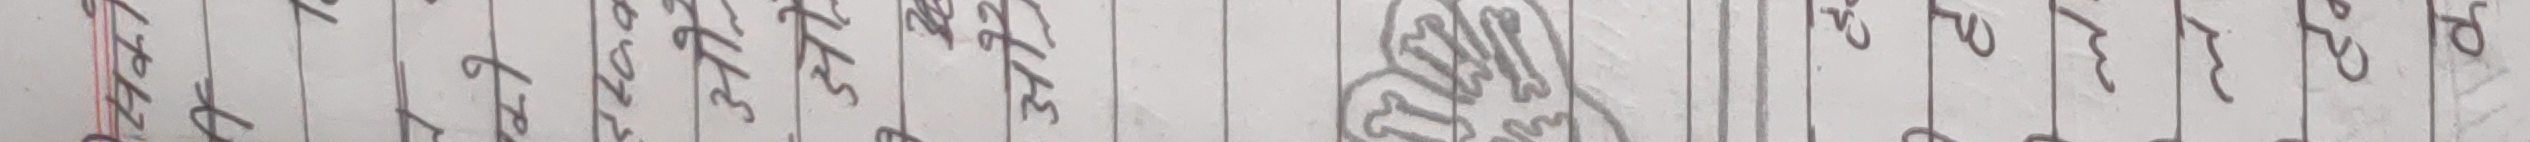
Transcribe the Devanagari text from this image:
०७५४३२१० वकरवकरवक नटठडढणतथ दधनपफबभम यरलवशषसह कखगघङचछज झञटठडढणत थदधनपफबभ